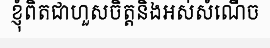
ខ្ញុំពិតជាហួសចិត្តនិងអស់សំណើច